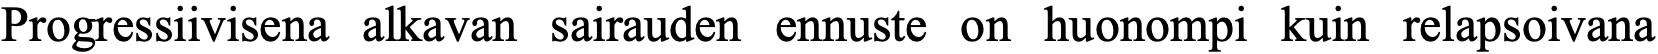
Progressiivisena alkavan sairauden ennuste on huonompi kuin relapsoivana